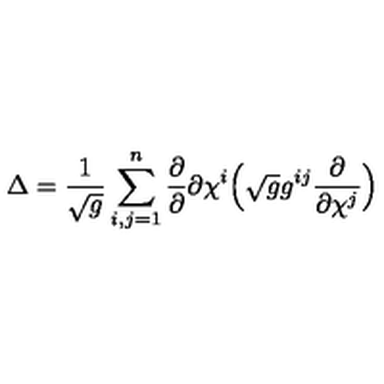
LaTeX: \Delta = \frac { 1 } { \sqrt g } \sum _ { i , j = 1 } ^ { n } \frac { \partial } { \partial } { \partial \chi ^ { i } } \Big ( \sqrt g g ^ { i j } \frac { \partial } { \partial \chi ^ { j } } \Big )